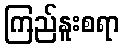
ကြည်နူးစရာ